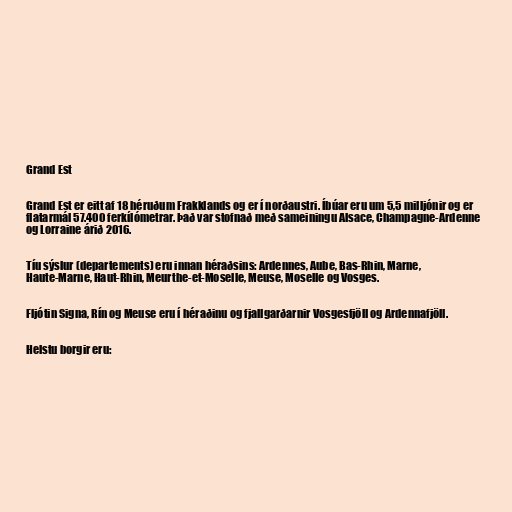
Grand Est

Grand Est er eitt af 18 héruðum Frakklands og er í norðaustri. Íbúar eru um 5,5 milljónir og er
flatarmál 57.400 ferkílómetrar. Það var stofnað með sameiningu Alsace, Champagne-Ardenne
og Lorraine árið 2016.

Tíu sýslur (departements) eru innan héraðsins: Ardennes, Aube, Bas-Rhin, Marne,
Haute-Marne, Haut-Rhin, Meurthe-et-Moselle, Meuse, Moselle og Vosges.

Fljótin Signa, Rín og Meuse eru í héraðinu og fjallgarðarnir Vosgesfjöll og Ardennafjöll.

Helstu borgir eru: